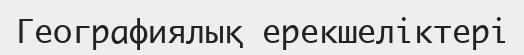
Географиялық ерекшеліктері